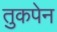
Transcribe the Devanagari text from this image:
तुकपेन